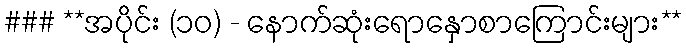
### **အပိုင်း (၁၀) - နောက်ဆုံးရောနှောစာကြောင်းများ**